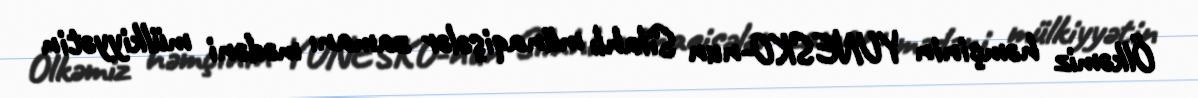
Ölkəmiz həmçinin YUNESKO-nun Silahlı münaqişələr zamanı mədəni mülkiyyətin